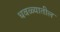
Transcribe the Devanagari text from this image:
धवळ्यातील